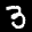
Label: 3